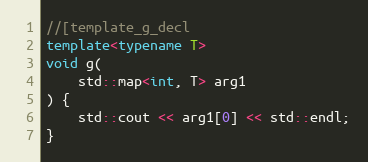
Language: C++
//[template_g_decl
template<typename T>
void g(
    std::map<int, T> arg1
) {
    std::cout << arg1[0] << std::endl;
}